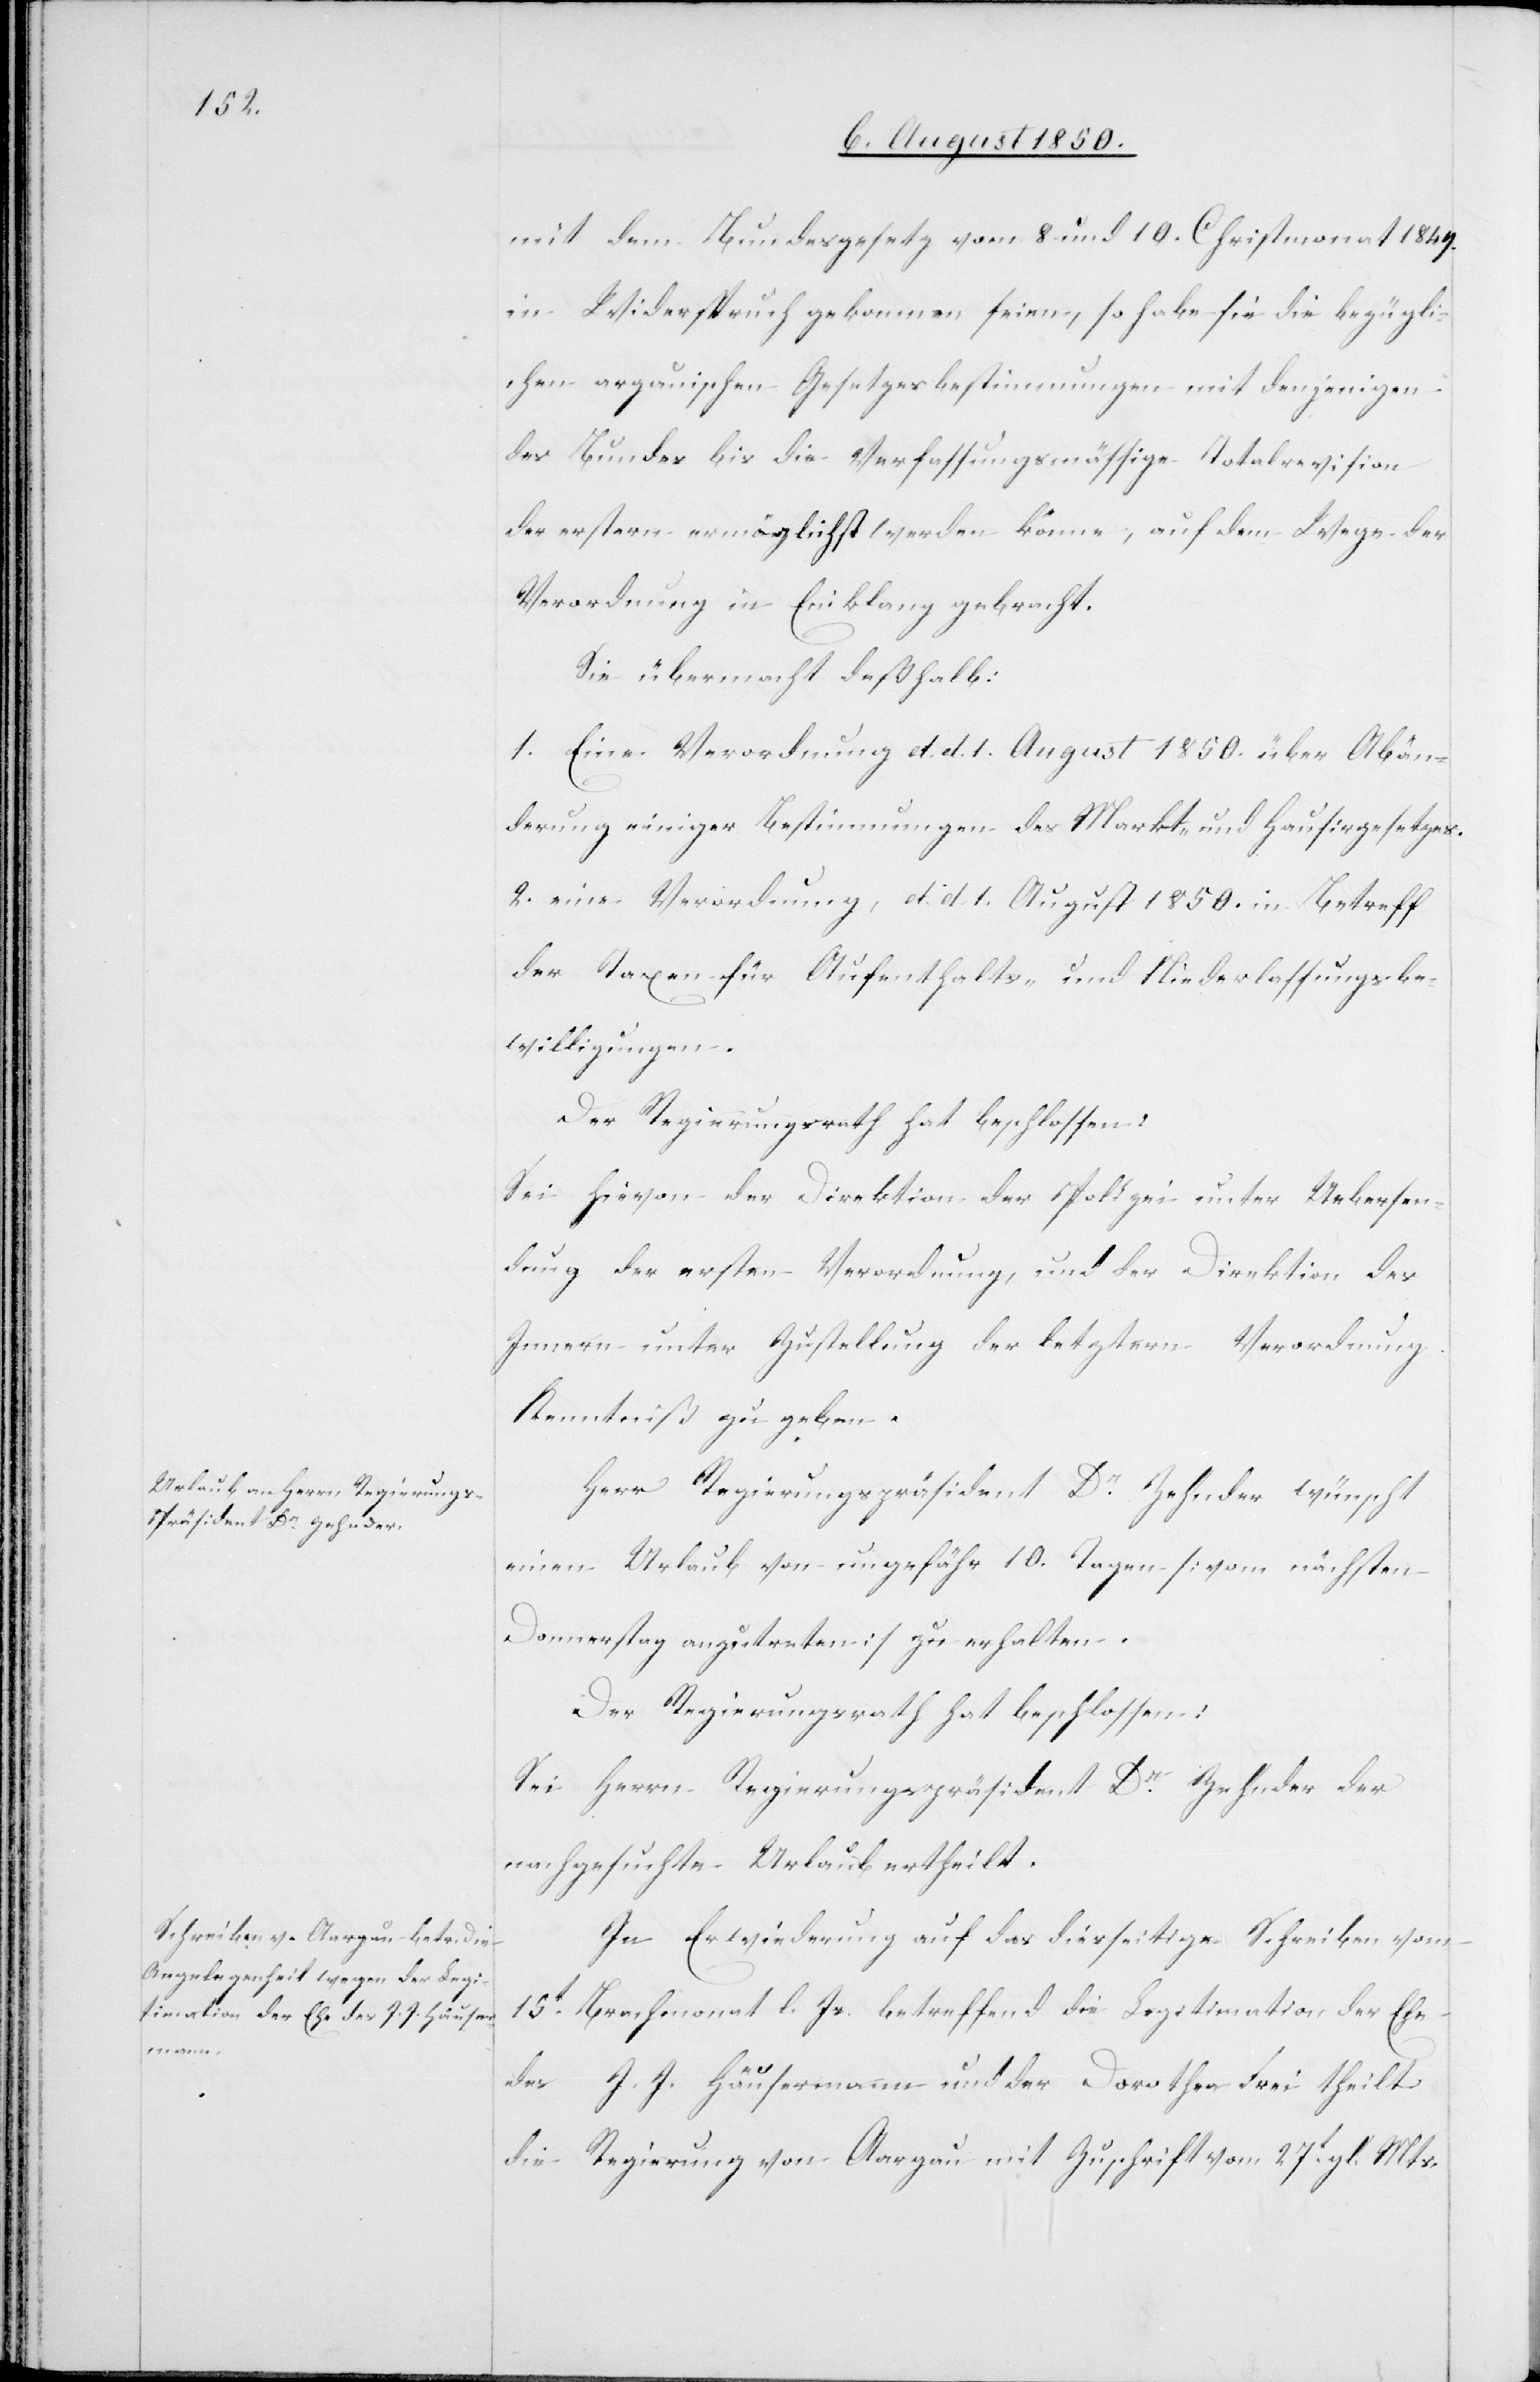
mit dem Bundesgesetz vom 8. und 10. Christmonat 1849.
in Widerspruch gekommen seien, so habe sie die bezügli¬
chen argauischen [sic!] Gesetzesbestimmungen mit denjenigen
des Bundes bis die Verfassungsmässige Totalrevision
der erstern ermöglichst [sic!] werden könne, auf dem Wege der
Verordnung in Einklang gebracht.
Sie übermacht deßhalb:
1. Eine Verordnung d. d. 1. August 1850. über Abän¬
derung einiger Bestimmungen des Markt- und Hausirgesetzes.
2. eine Verordnung, d. d. 1. August 1850. in Betreff
der Taxen für Aufenthalts- und Niederlassungsbe¬
willigungen.
Der Regierungsrath hat beschlossen:
Sei hievon der Direktion der Polizei unter Uebersen¬
dung der ersten Verordnung, und der Direktion des
Innern unter Zustellung der letztern Verordnung
Kenntniß zu geben.
Herr Regierungspräsident Dr Zehnder wünscht
einen Urlaub von ungefähr 10. Tagen [vom nächsten
Donnerstag anzutreten] zu erhalten.
Der Regierungsrath hat beschlossen:
Sei Herrn Regierungspräsident Dr Zehnder der
nachgesuchte Urlaub ertheilt.
In Erwiederung auf das diesseitige Schreiben vom
15t Hornung l. Js. betreffend die Legitimation der Ehe
des J. J: Häusermann und der Dorothea Frei theilt
die Regierung von Aargau mit Zuschrift vom 27t gl. Mts.